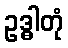
ဥဒ္ဓါတုံ